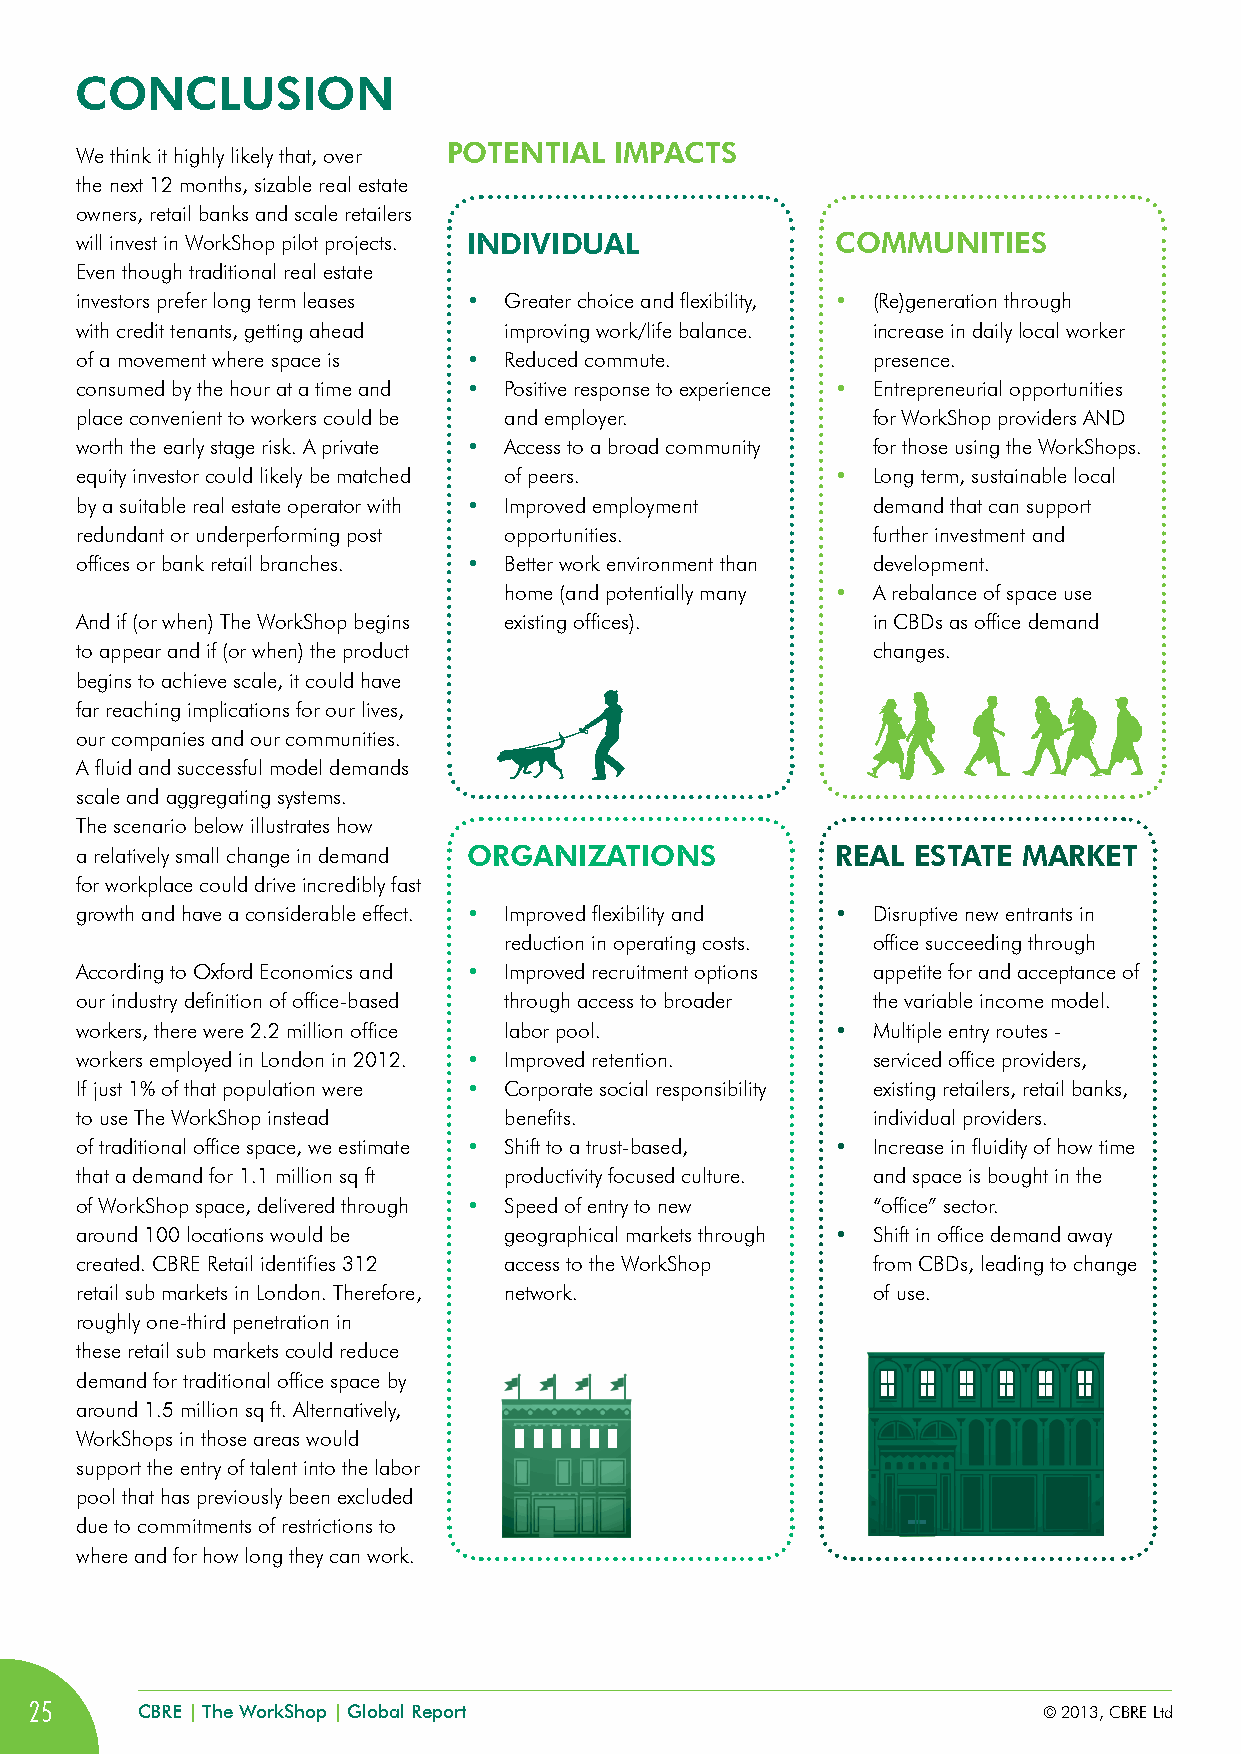
CONCLUSiON
 POTENTiAL  iMPACTS
 We think it highly likely that, over
 the next 12 months, sizable real estate
 owners, retail banks and scale retailers
 will invest in WorkShop pilot projects. iNDiviDUAL COMMUNiTiES
 Even though traditional real estate
 investors prefer long term leases • Greater choice and flexibility, • (Re)generation through
 with credit tenants, getting ahead improving work/life balance. increase in daily local worker
 of a movement where space is • Reduced commute.      presence.
 consumed by the hour at a time and • Positive response to experience • Entrepreneurial opportunities
 place convenient to workers could be and employer.   for WorkShop providers AND
 worth the early stage risk. A private • Access to a broad community for those using the WorkShops.
 equity investor could likely be matched of peers. •  Long term, sustainable local
 by a suitable real estate operator with • Improved employment demand that can support
 redundant or underperforming post opportunities.     further investment and
 offices or bank retail branches. • Better work environment than development.
 home (and potentially many • A rebalance of space use
 And if (or when) The WorkShop begins existing offices). in CBDs as office demand
 to appear and if (or when) the product               changes.
 begins to achieve scale, it could have
 far reaching implications for our lives,
 our companies and our communities.
 A fluid and successful model demands
 scale and aggregating systems.
 The scenario below illustrates how
 a relatively small change in demand ORGANiZATiONS REAL ESTATE  MARKET
 for workplace could drive incredibly fast
 growth and have a considerable effect. • Improved flexibility and • Disruptive new entrants in
 reduction in operating costs. office succeeding through
 According to Oxford Economics and • Improved recruitment options appetite for and acceptance of
 our industry definition of office-based through access to broader the variable income model.
 workers, there were 2.2 million office labor pool. • Multiple entry routes -
 workers employed in London in 2012. • Improved retention. serviced office providers,
 If just 1% of that population were • Corporate social responsibility existing retailers, retail banks,
 to use The WorkShop instead benefits.                individual providers.
 of traditional office space, we estimate • Shift to a trust-based, • Increase in fluidity of how time
 that a demand for 1.1 million sq ft productivity focused culture. and space is bought in the
 of WorkShop space, delivered through • Speed of entry to new “office” sector.
 around 100 locations would be geographical markets through • Shift in office demand away
 created. CBRE Retail identifies 312 access to the WorkShop from CBDs, leading to change
 retail sub markets in London. Therefore, network.    of use.
 roughly one-third penetration in
 these retail sub markets could reduce
 demand for traditional office space by
 around 1.5 million sq ft. Alternatively,
 WorkShops in those areas would
 support the entry of talent into the labor
 pool that has previously been excluded
 due to commitments of restrictions to
 where and for how long they can work.
 25     CBRE | The WorkShop | Global Report                         © 2013, CBRE Ltd